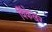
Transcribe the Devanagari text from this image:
विंकेल्रर